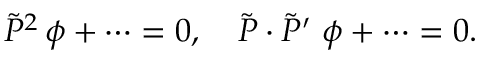
\tilde { P } ^ { 2 } \, \phi + \cdots = 0 , \quad \tilde { P } \cdot \tilde { P } ^ { \prime } \, \, \phi + \cdots = 0 .